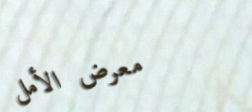
معرض الأمل